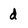
Character: d